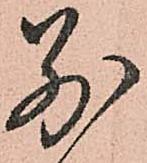
別